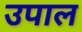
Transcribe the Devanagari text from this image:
उपाल